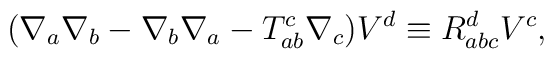
(\nabla_a\nabla_b-\nabla_b\nabla_a-T_{ab}^c\nabla_c)V^d\equiv R_{abc}^dV^c,